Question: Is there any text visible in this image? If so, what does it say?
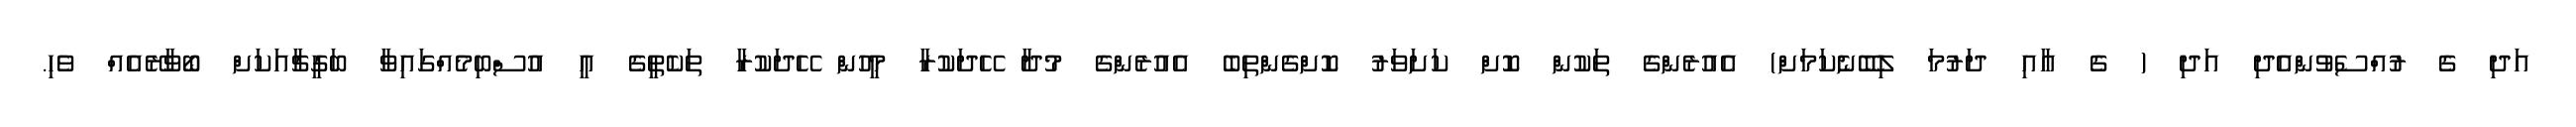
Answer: އަދި ގެ ރުއްސެވުންއެދި އަދި ( ގެ އާއި ދަރުމަ ލިބޭނެކަމަށް) އެއުރެންގެ ތަކުން ކޮށް ކަށަވަރު ކޮށްގެންތިބެ އެއުރެންގެ މުދާ ހޭދަކުރާ މީހުން ހޭދަކުރާ ތަކެތީގެ އީ އުސްބިމެއްގައިވާ ބަގީޗާއަކަށް ބޯވާރޭއެއް ވެހި.